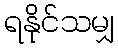
ရနိုင်သမျှ